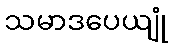
သမာဒပေယျုံ